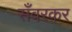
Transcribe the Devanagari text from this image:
सँवरकर